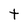
Character: t